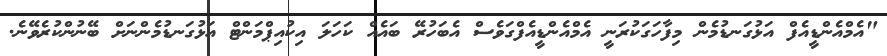
"އެމްއެންޑީއެފް އަޅުގަނޑުމެން މިފާހަގަކުރަނީ އެމްއެންޑީއެފްގަވެސް އެބަހުރޭ ބައެއް ކަހަލަ އިކުއިޕްމަންޓް އަޅުގަނޑުމެންނަށް ބޭނުންކުރެވޭނެ.